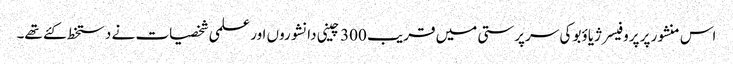
اس منشور پر پروفیسر ژیاؤبو کی سرپرستی میں قریب 300 چینی دانشوروں اور علمی شخصیات نے دستخط کئے تھے۔